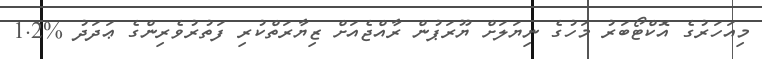
މިއަހަރުގެ އޮކްޓޯބަރު މަހުގެ ނިޔަލަށް ޔޫރަޕުން ރާއްޖެއަށް ޒިޔާރަތްކުރި ފަތުރުވެރިންގެ ޢަދަދު %1.2